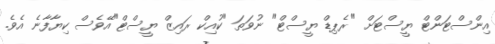
އިންސްޓަންޓް ޔީސްޓަށް "ރެޕިޑް ޔީސްޓް" ނުވަތަ "ކުއިކް ރައިޒް ޔީސްޓް"އޭވެސް ކިޔާފާނެ އެވެ.